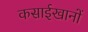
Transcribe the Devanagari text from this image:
कसाईखानों